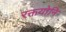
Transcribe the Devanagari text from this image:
रक्तयोनि